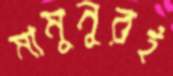
মামুনুরই